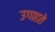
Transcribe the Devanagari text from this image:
उगाहते